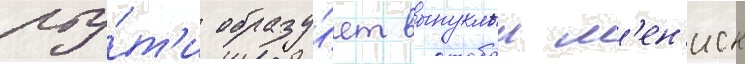
рту́т'и образу́ет выпуклыи м'ен'иск